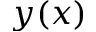
y ( x )